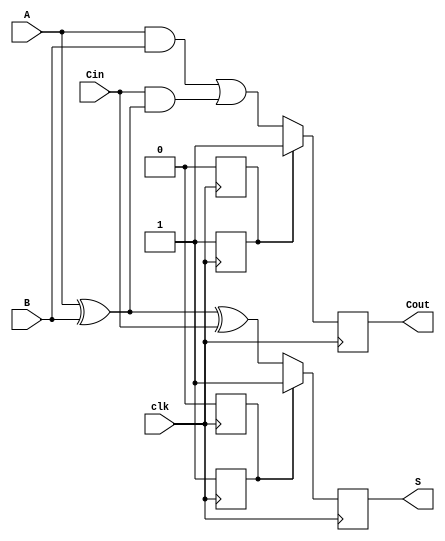
module dynamic_full_adder (
    input wire A,        // First binary input
    input wire B,        // Second binary input
    input wire Cin,      // Carry-in input
    input wire clk,      // Clock signal
    output reg S,        // Sum output
    output reg Cout      // Carry-out output
);

    // Internal signals for dynamic logic evaluation
    reg precharge_S, precharge_Cout;
    reg eval_S, eval_Cout;

    // Precharge phase
    always @(posedge clk) begin
        // Precharge outputs to high
        precharge_S <= 1'b1;
        precharge_Cout <= 1'b1;
    end

    // Evaluation phase
    always @(posedge clk) begin
        // Evaluate sum output
        eval_S = A ^ B ^ Cin; // S = A  B  Cin
        // Evaluate carry-out output
        eval_Cout = (A & B) | (Cin & (A ^ B)); // Cout = (A  B) + (Cin  (A  B))

        // Assign evaluated values to outputs after precharge
        S <= precharge_S ? 1'b1 : eval_S;
        Cout <= precharge_Cout ? 1'b1 : eval_Cout;

        // Disable precharge after evaluation
        precharge_S <= 1'b0;
        precharge_Cout <= 1'b0;
    end

endmodule